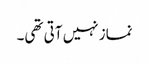
نماز نہیں آتی تھی۔